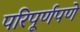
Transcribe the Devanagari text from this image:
परिपूर्णपणे